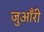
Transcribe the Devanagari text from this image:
जुआँरी